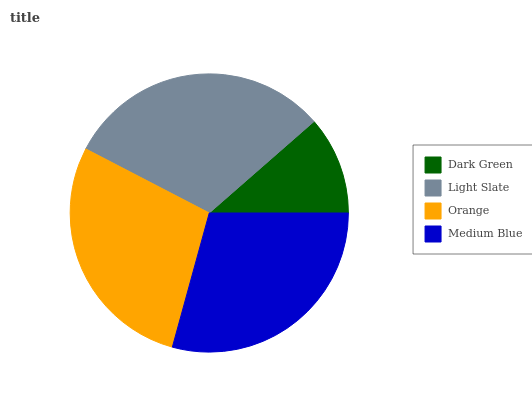
| Dark Green | Light Slate | Orange | Medium Blue |
 | --- | --- | --- | --- |
 | 11.4% | 30.9% | 28.4% | 29.3% |